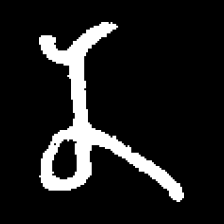
Pyu character \u2014 Myanmar letter: န (romanized: na)